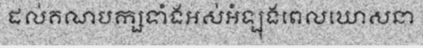
ដល់គណបក្សទាំងអស់អំឡុងពេលឃោសនា